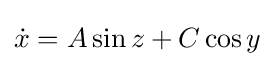
{\dot {x}}=A\sin z+C\cos y